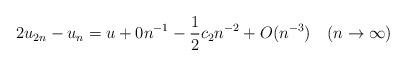
LaTeX: \begin{align*} 2 u_{2n} - u_n = u + 0 n^{-1} - \frac12 c_2 n^{-2} + O(n^{-3})\quad(n\to\infty)\end{align*}